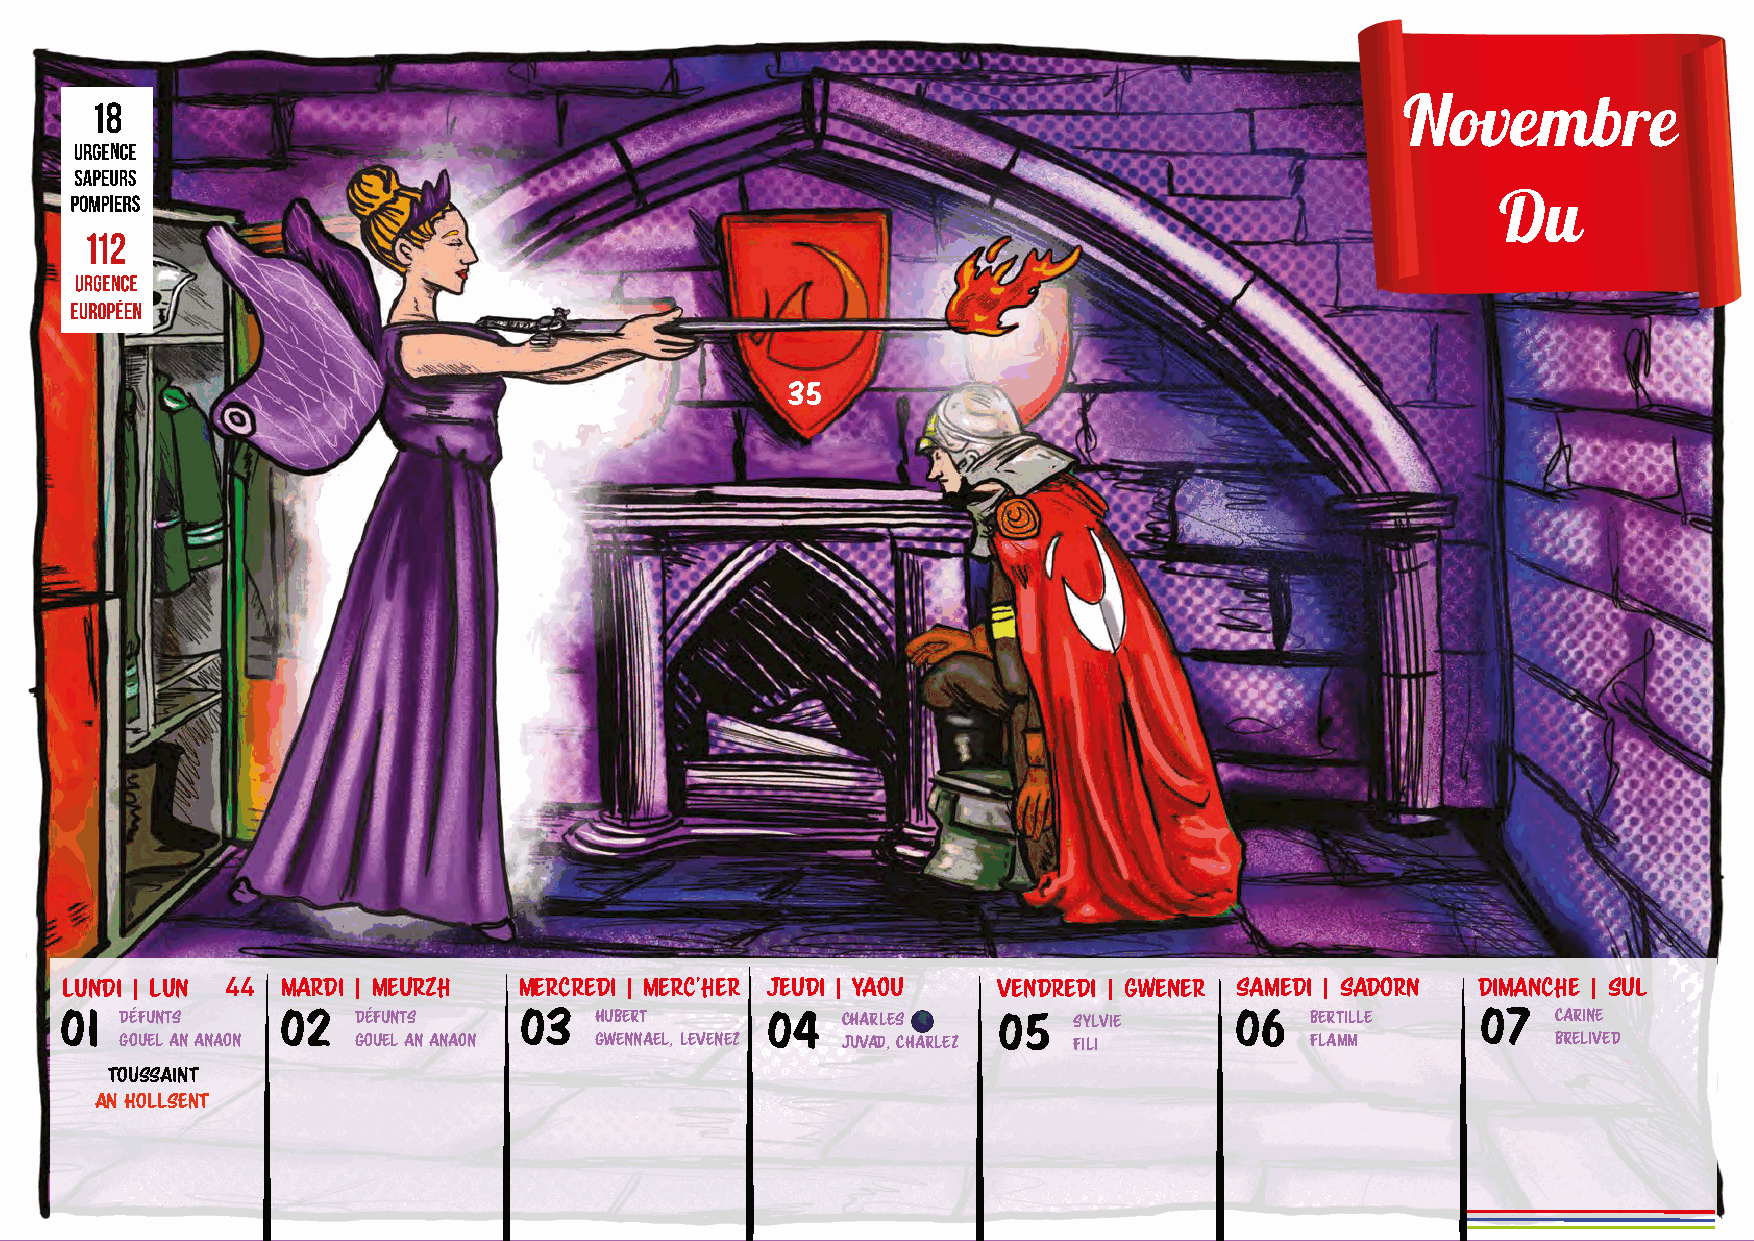
Novembre
 Du
 Lundi | Lun 44 Mardi | Meurzh Mercredi | Merc'her Jeudi | Yaou Vendredi | Gwener Samedi | Sadorn Dimanche | Sul
 01  DÉFUNTS    02  DÉFUNTS    03   HUBERT      04   CHARLES 🌑 05   SYLVIE     06   BERTILLE   07   CARINE
 GOUEL AN ANAON GOUEL AN ANAON  GWENNAEL, LEVENEZ JUVAD, CHARLEZ FILI           FLAMM           BRELIVED
 TOUSSAINT
 AN HOLLSENT
 08   GEOFFROY   09  THÉODORE    10   LÉON       11   MARTIN    12   CHRISTIAN  13   BRICE      14   SIDOINE
 TREVEUR        MATILIN          GOVRIAN         MARZHIN 🌓      MAEG            BRIZH           GWEZHENEG